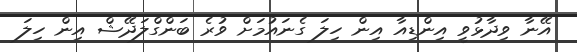
އޭނާ ވިދާޅުވީ އިންޑިއާ އިން ހިލަ ގެނައުމަށް ވުރެ ބަންގްލަދޭޝް އިން ހިލަ